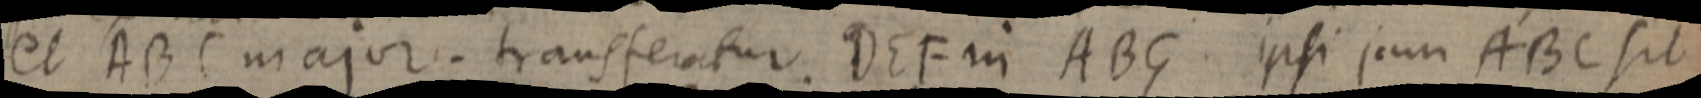
et ABC major. transferatur. DEF in ABG ipsi jam ABC sit